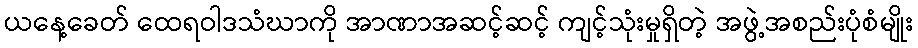
ယနေ့ခေတ် ထေရဝါဒသံဃာကို အာဏာအဆင့်ဆင့် ကျင့်သုံးမှုရှိတဲ့ အဖွဲ့အစည်းပုံစံမျိုး